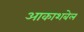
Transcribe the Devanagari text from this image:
आकाशबेल